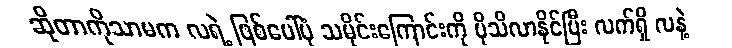
ဆိုတာကိုသာမက လရဲ့ ဖြစ်ပေါ်ပုံ သမိုင်းကြောင်းကို ပိုသိလာနိုင်ပြီး လက်ရှိ လနဲ့